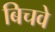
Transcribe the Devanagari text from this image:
बिचवे